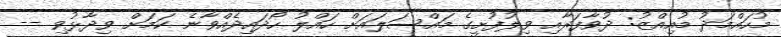
މުހައްމަދު މުއިއްޒު: ދުވާފަރާއި ވިލުފުށީގެ މައްސަލައަށް ހައްލު ހޯދައިދެއްވާނެ ކަމަށް ވިދާޅުވި --